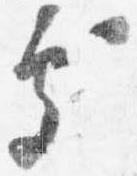
処